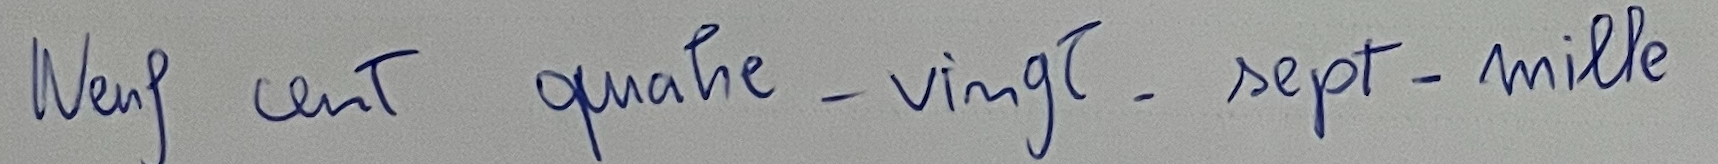
Neuf cent quatre-vingt-sept-mille